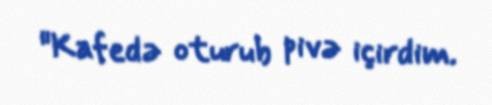
"Kafedə oturub pivə içirdim.